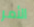
الأمر